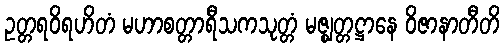
ဥတ္တရဝိရဟိတံ မဟာစတ္တာရီသကသုတ္တံ မဇ္ဈတ္တဋ္ဌာနေ ဝိဇာနာတီတိ